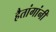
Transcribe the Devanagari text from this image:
हैतांगांनी